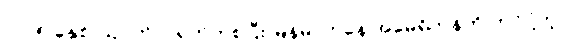
၂၀၂၅ ခုနှစ် ဩဂုတ် ၁ ရက်ကစပြီး မြန်မာကနေ အမေရိကန်ကို တင်ပို့တဲ့